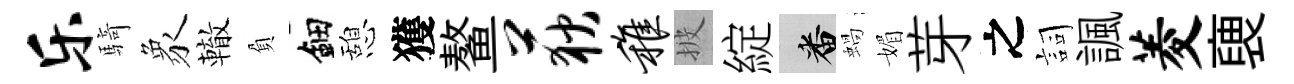
乐騎象轍負鈿憩獲鳌荻稚披綻番蝸媚芽之詞諷菱褏